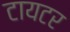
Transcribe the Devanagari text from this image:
टायटर